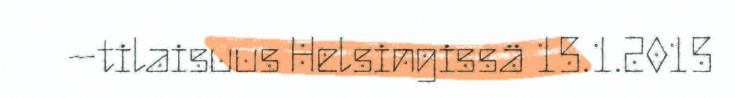
–tilaisuus Helsingissä 15.1.2015